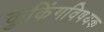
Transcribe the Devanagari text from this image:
कुकिंगविषयक